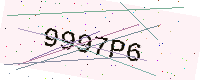
Text: 9997P6